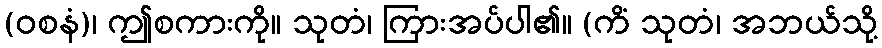
(ဝစနံ)၊ ဤစကားကို။ သုတံ၊ ကြားအပ်ပါ၏။ (ကိံ သုတံ၊ အဘယ်သို့